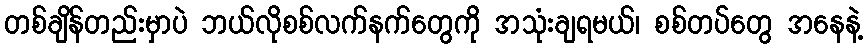
တစ်ချိန်တည်းမှာပဲ ဘယ်လိုစစ်လက်နက်တွေကို အသုံးချရမယ်၊ စစ်တပ်တွေ အနေနဲ့